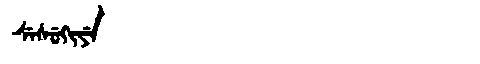
Manchu: ᠰᡝᠰᡠᡴᡳᠶᡝ
Romanization: SESUKIYE